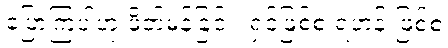
ပြောကြပါဟု ဖိတ်မန်ခြင်း၊ ရှင်ဖြစ်စ ရဟန်းဖြစ်စ